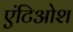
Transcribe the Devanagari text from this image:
एंटिओश